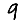
Digit: 9